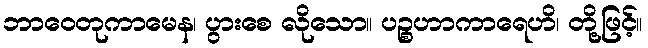
ဘာဝေတုကာမေန၊ ပွားစေ လိုသော။ ပဉ္စဟာကာရေဟိ၊ တို့ဖြင့်။